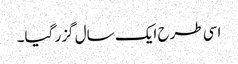
اسی طرح ایک سال گزر گیا۔